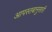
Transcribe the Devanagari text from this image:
आपस्तबानुसारी